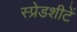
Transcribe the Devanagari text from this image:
स्प्रेडशीटें